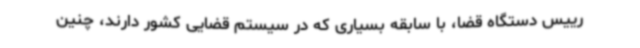
رییس دستگاه قضا، با سابقه بسیاری که در سیستم قضایی کشور دارند، چنین